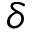
\delta